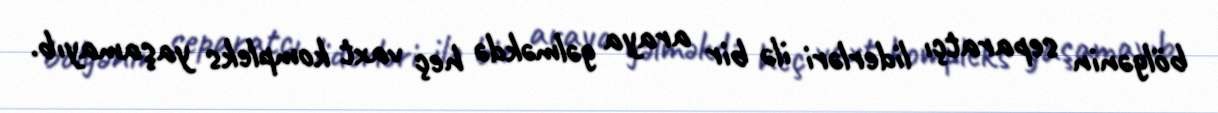
bölgənin separatçı liderləri ilə bir araya gəlməkdə heç vaxt kompleks yaşamayıb.